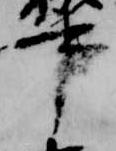
事